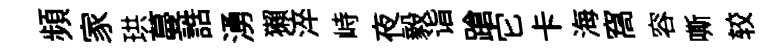
頻家珙蔓誥湧獺淬峙夜毅诣蹌它卡海窩容嘶较